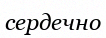
сердечно